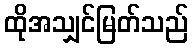
ထိုအသျှင်မြတ်သည်